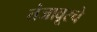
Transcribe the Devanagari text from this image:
तंजावूरचे